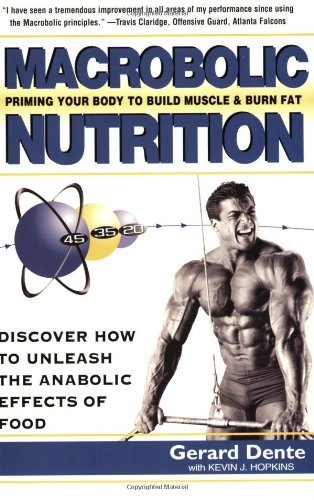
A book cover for Macrobolic Nutrition; Gerard Dente; Health, Fitness & Dieting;